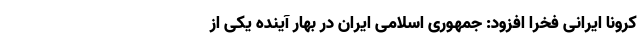
کرونا ایرانی فخرا افزود: جمهوری اسلامی ایران در بهار آینده یکی از